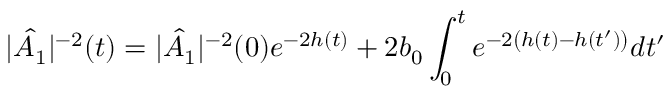
| \hat { A _ { 1 } } | ^ { - 2 } ( t ) = | \hat { A _ { 1 } } | ^ { - 2 } ( 0 ) e ^ { - 2 h ( t ) } + 2 b _ { 0 } \int _ { 0 } ^ { t } e ^ { - 2 \left( h ( t ) - h ( t ^ { \prime } ) \right) } d t ^ { \prime }